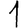
Digit: 1